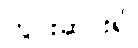
ကွင်းဆင်း၍